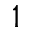
\L _ { 1 }